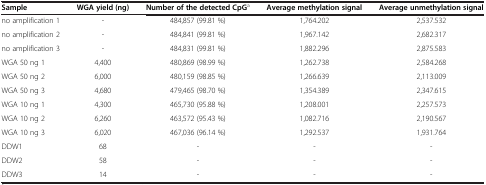
| Sample | WGA yield(ng) | Numberof the detected CpGa | Average methylation signal | Average unmethylation signal |
 | --- | --- | --- | --- | --- |
 | no amplification 1 | - | 484,857 (99.81 %) | 1,764.202 | 2,537.532 |
 | no amplification 2 | - | 484,841 (99.81 %) | 1,967.142 | 2,682.317 |
 | no amplification 3 | - | 484,831 (99.81 %) | 1,882.296 | 2,875.583 |
 | WGA 50 ng 1 | 4,400 | 480,869 (98.99 %) | 1,262.738 | 2,584.268 |
 | WGA 50 ng 2 | 6,000 | 480,159 (98.85 %) | 1,266.639 | 2,113.009 |
 | WGA 50 ng 3 | 4,680 | 479,465 (98.70 %) | 1,354.389 | 2,347.615 |
 | WGA 10 ng 1 | 4,300 | 465,730 (95.88 %) | 1,208.001 | 2,257.573 |
 | WGA 10 ng 2 | 6,260 | 463,572 (95.43 %) | 1,082.716 | 2,190.567 |
 | WGA 10 ng 3 | 6,020 | 467,036 (96.14 %) | 1,292.537 | 1,931.764 |
 | DDW1 | 68 | - | - | - |
 | DDW2 | 58 | - | - | - |
 | DDW3 | 14 | - | - | - |